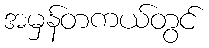
အမှန်တကယ်တွင်